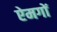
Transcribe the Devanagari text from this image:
ऐमगों